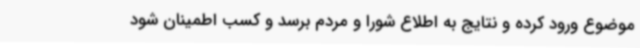
موضوع ورود کرده و نتایج به اطلاع شورا و مردم برسد و کسب اطمینان شود